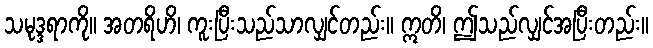
သမုဒ္ဒရာကို။ အတရိဟိ၊ ကူးပြီးသည်သာလျှင်တည်း။ ဣတိ၊ ဤသည်လျှင်အပြီးတည်း။